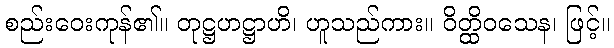
စည်းဝေးကုန်၏။ တုဋ္ဌဟဋ္ဌာဟိ၊ ဟူသည်ကား။ ဝိတ္ထိဝသေန၊ ဖြင့်။